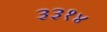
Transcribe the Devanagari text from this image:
३३१४